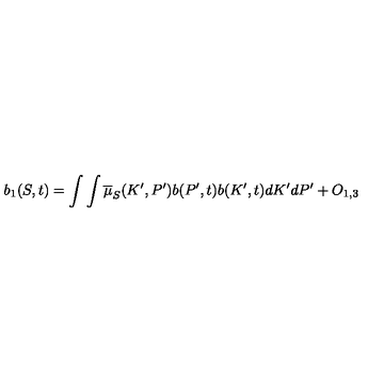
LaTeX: b _ { 1 } ( S , t ) = \int \int \overline { { \mu } } _ { S } ( K ^ { \prime } , P ^ { \prime } ) b ( P ^ { \prime } , t ) b ( K ^ { \prime } , t ) d K ^ { \prime } d P ^ { \prime } + O _ { 1 , 3 }